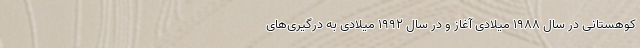
کوهستانی در سال ۱۹۸۸ میلادی آغاز و در سال ۱۹۹۲ میلادی به درگیری‌های